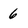
Character: 6